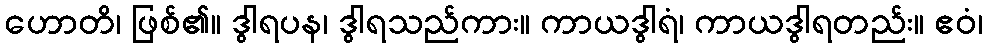
ဟောတိ၊ ဖြစ်၏။ ဒွါရပန၊ ဒွါရသည်ကား။ ကာယဒွါရံ၊ ကာယဒွါရတည်း။ ဧဝံ၊